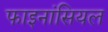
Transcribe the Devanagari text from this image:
फाइनांसियल